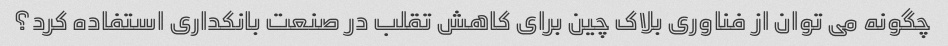
چگونه می توان از فناوری بلاک چین برای کاهش تقلب در صنعت بانکداری استفاده کرد؟